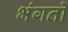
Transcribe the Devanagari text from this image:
भंगतो